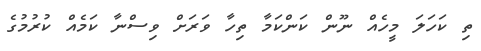
ތި ކަހަލަ މީހެއް ނޫން ކަންކަމާ ތިހާ ވަރަށް ވިސްނާ ކަމެއް ކުރުމުގެ